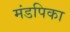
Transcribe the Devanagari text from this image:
मंडपिका